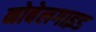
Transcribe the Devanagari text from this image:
नोबेलगाइड